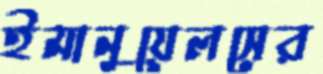
ইমানুয়েলসের